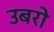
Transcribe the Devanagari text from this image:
उबरो